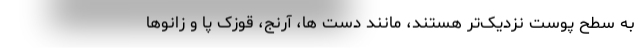
به سطح پوست نزدیک‌تر هستند، مانند دست ها، آرنج، قوزک پا و زانوها